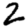
Digit: 2